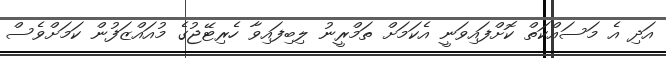
އަދި އެ މަސައްކަތް ކޮށްފައިވަނީ އެކަމަށް ތަމްރީނު ލިބިފައިވާ ހެރިޓޭޖުގެ މުއައްޒަފުން ކަމަށްވެސް